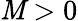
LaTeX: \mathit{M}>0